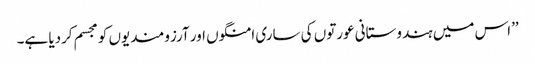
’’اس میں ہندوستانی عورتوں کی ساری امنگوں اور آرزومندیوں کو مجسم کردیا ہے۔